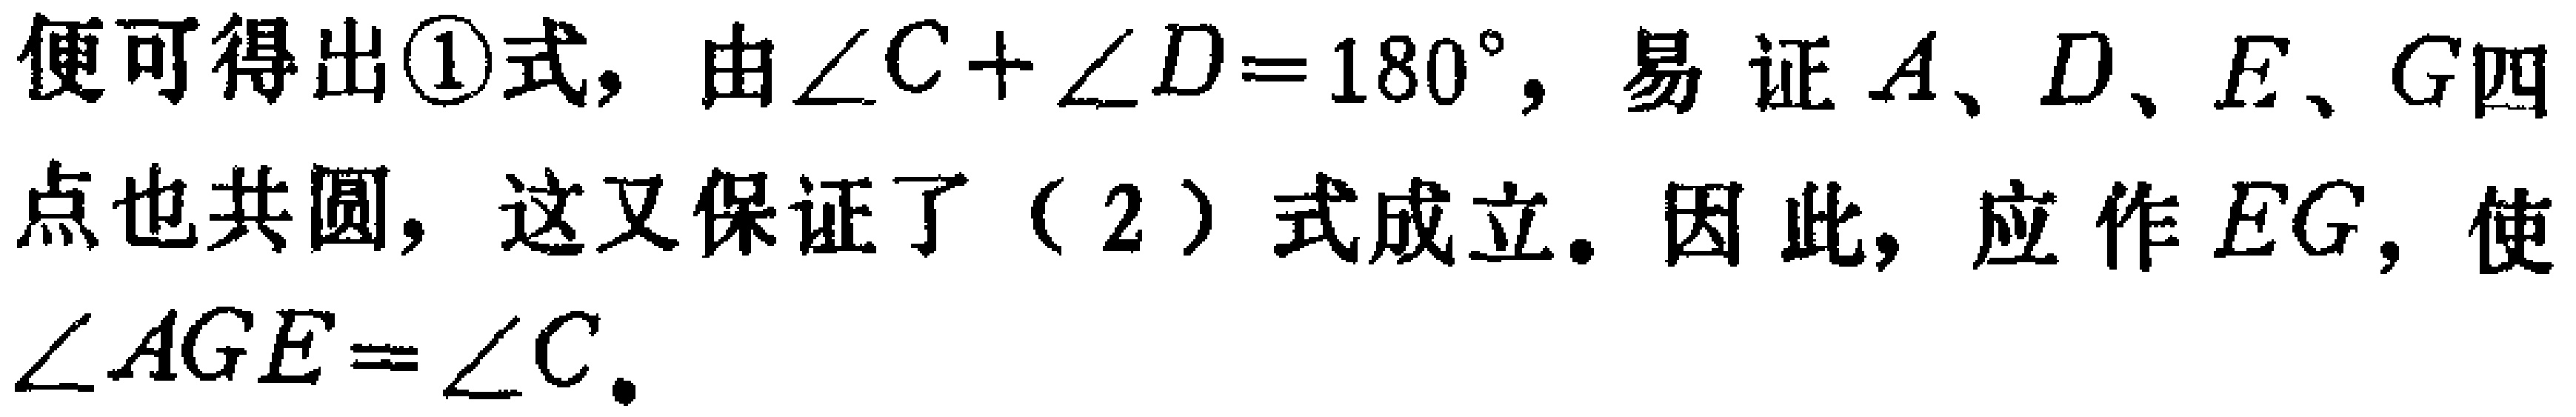
便可得出\textcircled{1}式, 由\(\angle C+\angle D = 180^{\circ}\), 易证\(A\)、\(D\)、\(E\)、\(G\)四点也共圆, 这又保证了\((2)\)式成立. 因此, 应作\(EG\), 使\(\angle AGE=\angle C\).